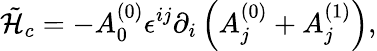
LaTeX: \tilde{\cal H}_{c}=-A_{0}^{(0)}\epsilon^{ij}\partial_{i}\left(A_{j}^{(0)}+A_{j}^{(1)}\right),